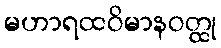
မဟာရထဝိမာနဝတ္ထု